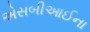
એસબીઆઈના